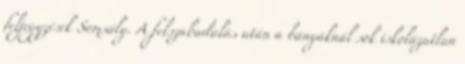
feljegyzések Somsály. A felszabadulás után a bányáknál sok iskolázatlan